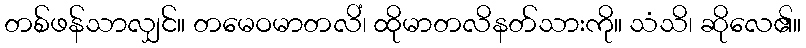
တစ်ဖန်သာလျှင်။ တမေဝမာတလိံ၊ ထိုမာတလိနတ်သားကို။ သံသိ၊ ဆိုလေ၏။